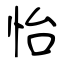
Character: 怡